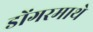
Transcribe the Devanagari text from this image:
डोंगरमाथे